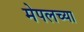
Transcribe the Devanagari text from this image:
मेपलच्या